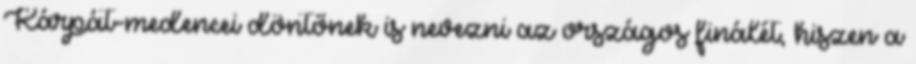
Kárpát-medencei döntőnek is nevezni az országos finálét, hiszen a